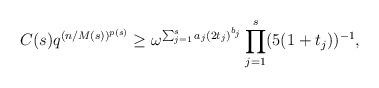
LaTeX: \begin{align*}C(s) q^{(n/M(s))^{p(s)}}\ge \omega^{\sum_{j=1}^s a_j (2t_j)^{b_j}}\prod_{j=1}^s (5(1+ t_j))^{-1},\end{align*}